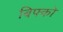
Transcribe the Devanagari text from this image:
बिफ्को